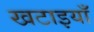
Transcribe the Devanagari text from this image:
खटाइयाँ